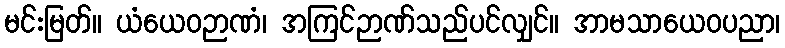
မင်းမြတ်။ ယံယေဝဉာဏံ၊ အကြင်ဉာဏ်သည်ပင်လျှင်။ အာမသာယေဝပညာ၊